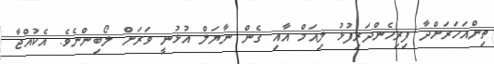
ތިންއަހަރަށްދާ ފިރިހެންދަރިފުޅު ލިއަމް އާއި ގެން ނާޔަލް އުޅުނީ ވަރަށް ލޯބިންނެވެ. އެކުއްޖާ